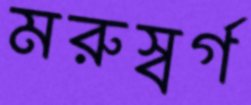
মরুস্বর্গ